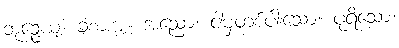
ဘုဉ္ဇေယျံ၊ ခံစားအံ့။ အညော၊ ငါမှတစ်ပါးသော။ ပုရိသော၊